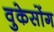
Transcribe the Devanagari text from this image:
वुकेसोंग